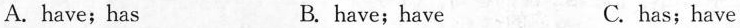
A. have;has B. have; have C. has;have